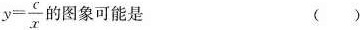
$$y= \frac{c}{x}$$ 的图象可能是 ()